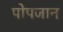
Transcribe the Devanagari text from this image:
पोपजान